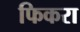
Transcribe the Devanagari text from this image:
फिकरा